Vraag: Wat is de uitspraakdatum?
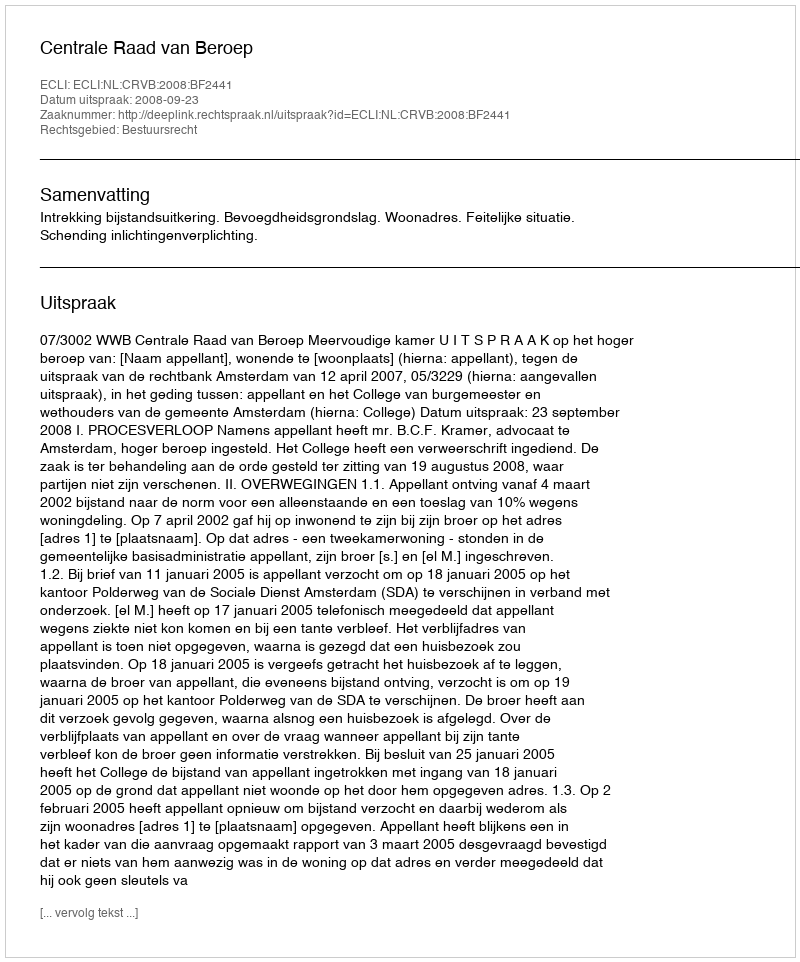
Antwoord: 2008-09-23